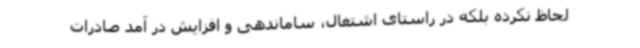
لحاظ نکرده بلکه در راستای اشتغال، ساماندهی و افزایش در آمد صادرات